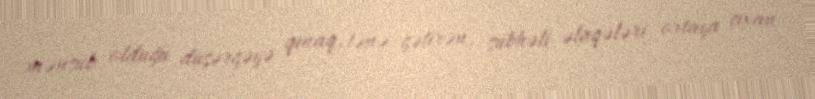
mənsub olduğu düşərgəyə qınaq, tənə gətirən, şübhəli əlaqələri ortaya çıxan